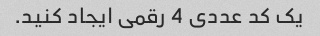
یک کد عددی 4 رقمی ایجاد کنید.